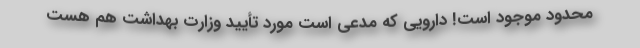
محدود موجود است! دارویی که مدعی است مورد تأیید وزارت بهداشت هم هست